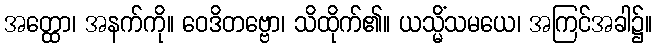
အတ္ထော၊ အနက်ကို။ ဝေဒိတဗ္ဗော၊ သိထိုက်၏။ ယသ္မိံသမယေ၊ အကြင်အခါ၌။